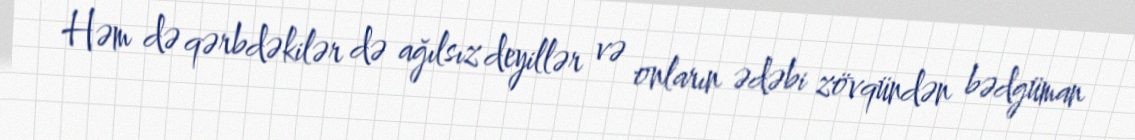
Həm də qərbdəkilər də ağılsız deyillər və onların ədəbi zövqündən bədgüman